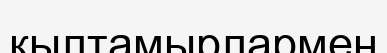
қылтамырлармен